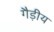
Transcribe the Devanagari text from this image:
गैड़ीय